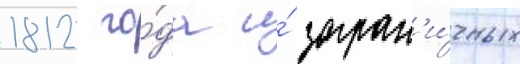
1812 го́да и́ загран'и́чных